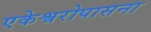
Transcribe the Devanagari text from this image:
एकेश्वरोपासना